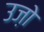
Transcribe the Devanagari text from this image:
उज़ो